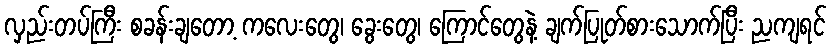
လှည်းတပ်ကြီး စခန်းချတော့ ကလေးတွေ၊ ခွေးတွေ၊ ကြောင်တွေနဲ့ ချက်ပြုတ်စားသောက်ပြီး ညကျရင်